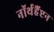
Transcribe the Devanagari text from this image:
नॉर्थहैंप्टन